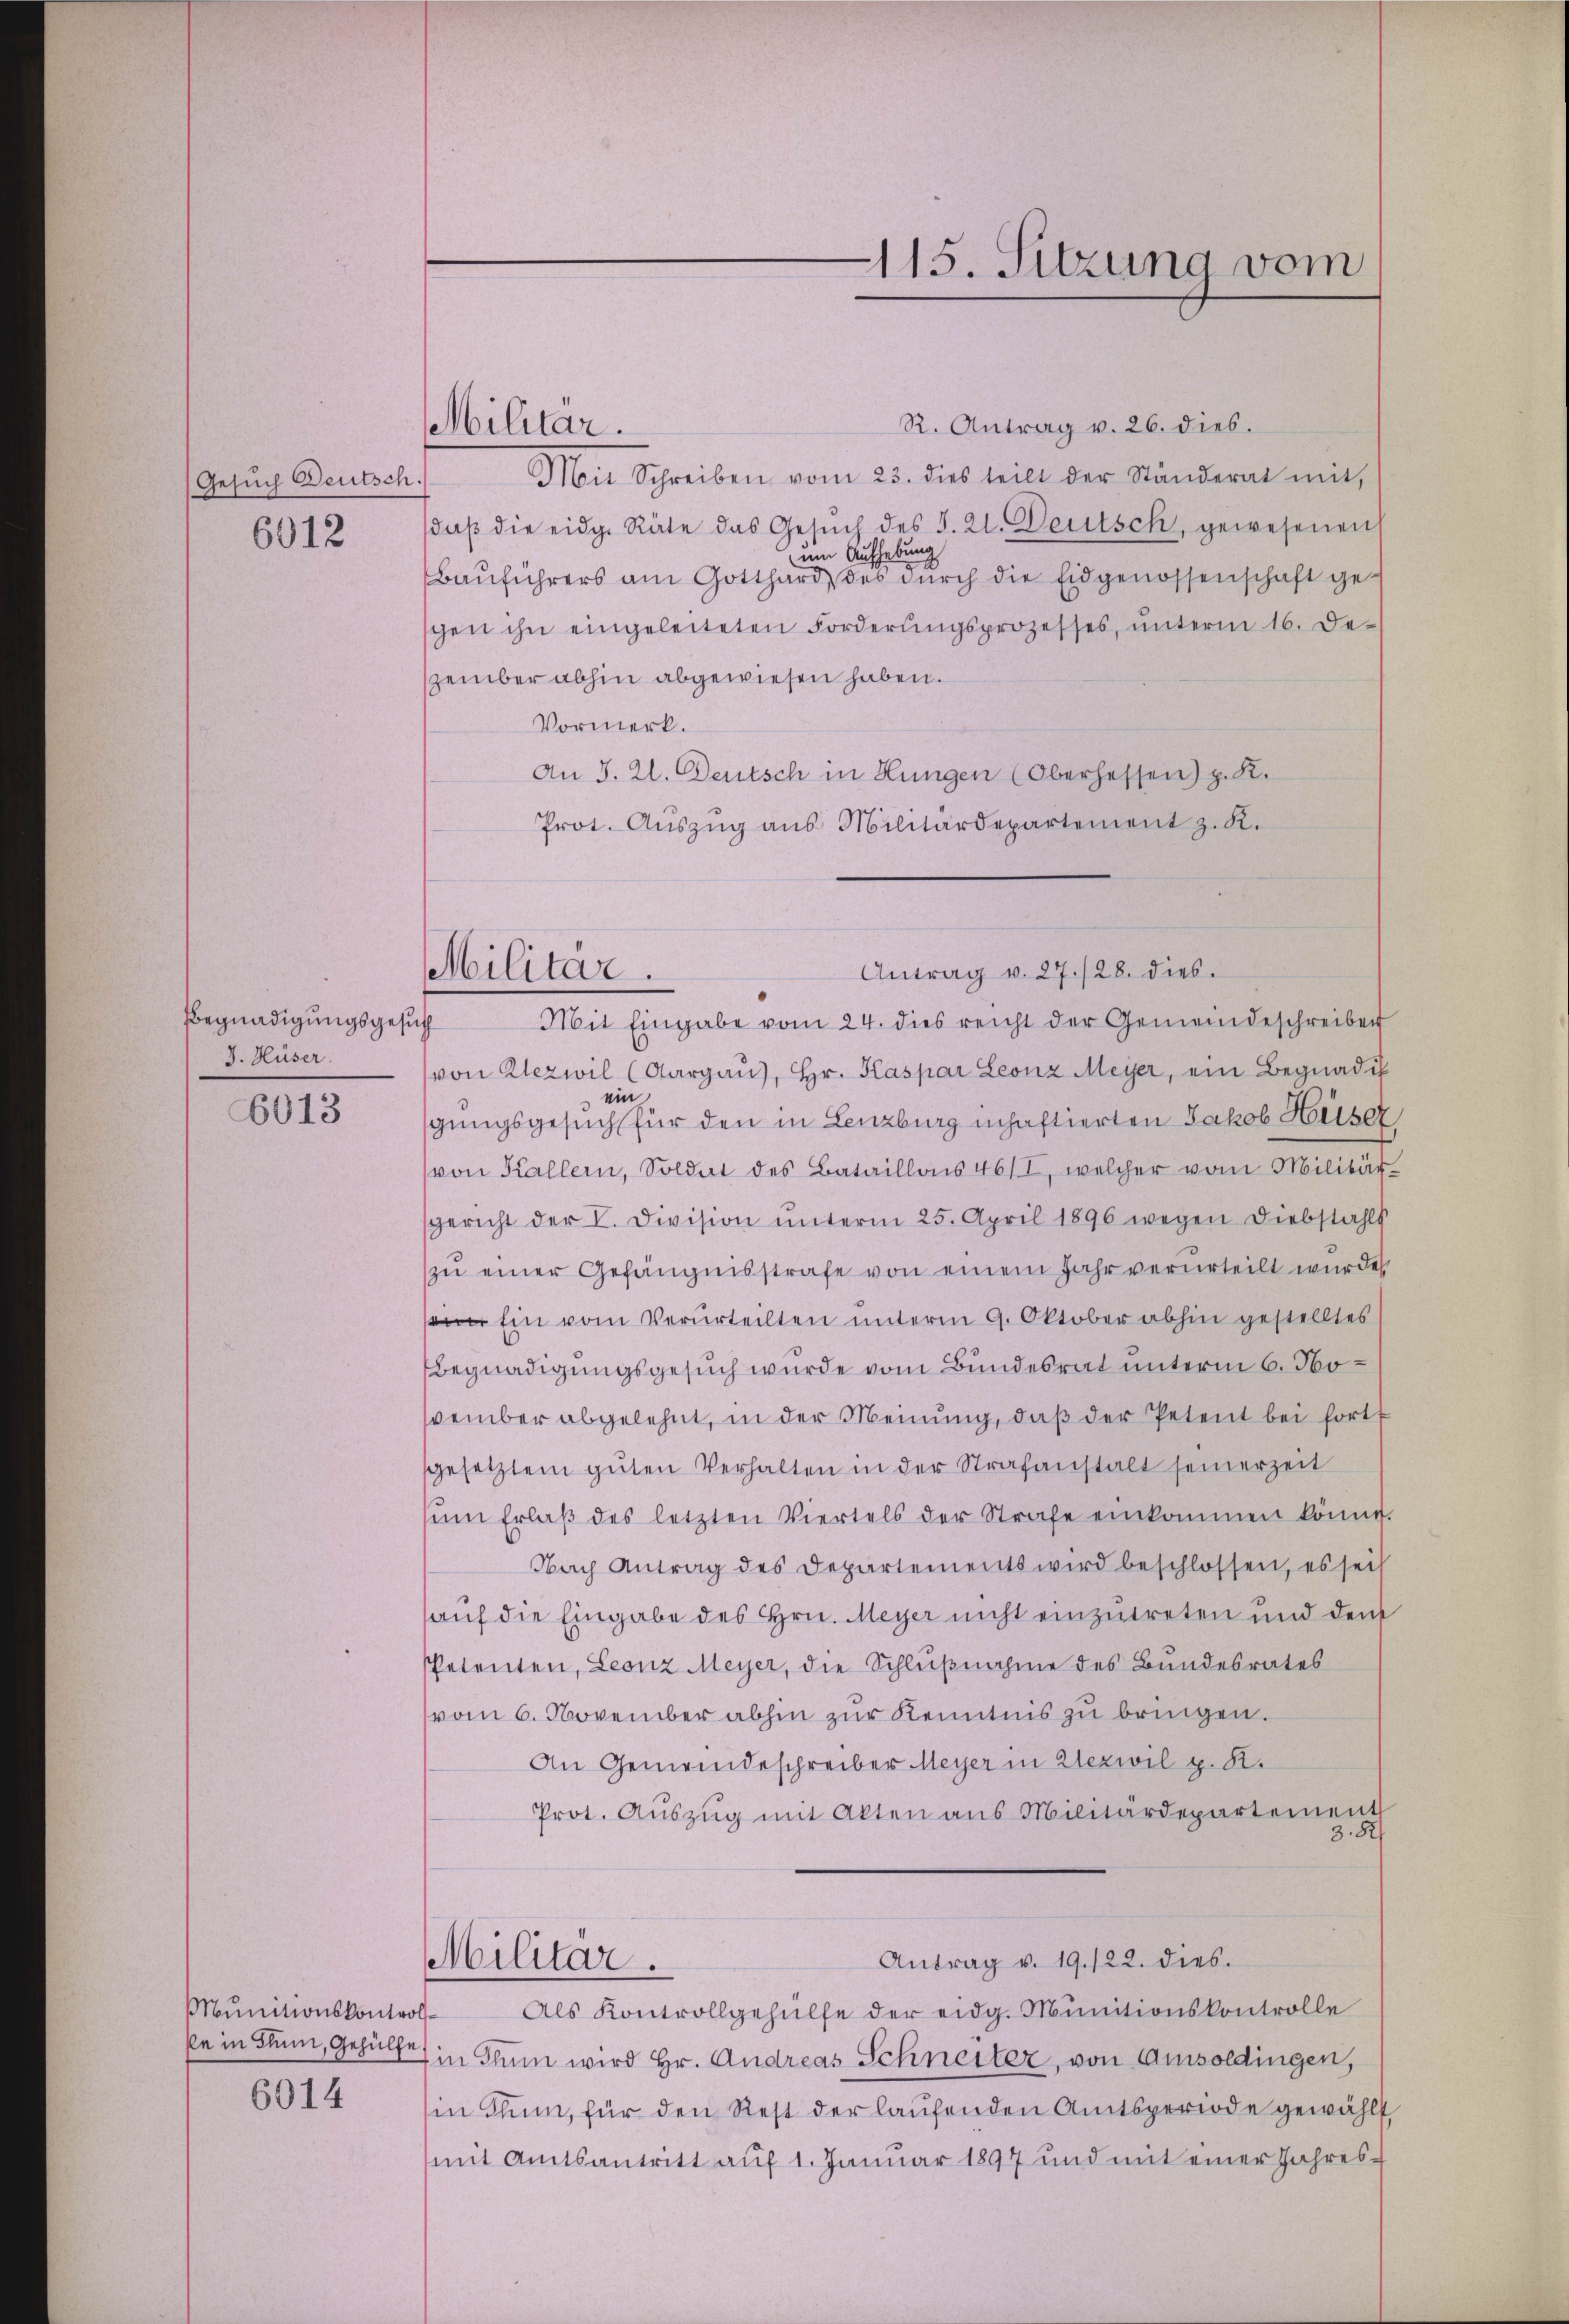
Gesuch Deutsch.
6012

Begnadigungsgesuch
J. Hüser
6013

Munitionskontrol¬
6014

115. Sitzung vom

Militär.

Militar.

R. Antrag v. 26. dies.
Mit Schreiben vom 23. dies teilt der Ständerat mit,
daβ die eidg. Räte das Gesŭch des S. 21. Deutsch, gewesenen
um Aufhebung
Bauführers am Gotthard, des dŭrch die Eidgenossenschaft geschen ihn eingeleiteten Forderŭngsprozesses, ŭnterm 16. De-
zember abhin abgewiesen haben.
Vormerk.
An J. 2. Deutsch in Hungen (Oberhessen) p. K.
Prot. Aŭszŭg ans Militärdepartement z. K.
Mit Eingabe vom 24. dies reicht der Gemeindeschreiben
von Rezwil (Aargaŭ), Hr. Kaspar Leonz Meyer, ein Begnadig
ein
gungsgesuch für den in Lenzburg inhaftierten Jakob Hauser
(von Kallern, Soldat des Bataillois 46/I, welcher vom Militär-
sgericht der V. Division ŭnterm 25. April 1896 wegen Diebstahls
zŭ einer Gefängnisstrafe von einem Jahr verurteilt wurde
 Ein vom Verurteilten unterm 9. Oktober abhin gestelltes
Begnadigungsgesuch wurde vom Bundesrat unterm 6. November abgelehnt, in der Meinung, daß der Petent bei fortf
gesetztem guten Verhalten in der Strafanstalt seinerzeit
ŭm Erlaβ des letzten Viertels der Strafe einkommen könne.
Nach Antrag des Departements wird beschlossen, es sei
auf die Eingabe des Hrn. Meyer nicht einzutreten und dem
Petenten, Leonz Meyer, die Schlußnahme des Bundesrates
vom 6. November abhin zŭr Kenntnis zu bringen.
An Gemeindeschreiber Meyer in Alezwil p. K.
Prot. Aŭszŭg mit Akten aus Militärdepartement
3.82
Antrag v. 19. 122. dies.
Militär.
Als Kontrollgehülfe der eidg. Munitionskontrolle
ke in Blum, Gehülfe in Khum wird Hr. Andreas Schneiter, von Amsoldingen,
in Thun, für den Rest der laufenden Amtsperiode gewählt,
mit Amtsantritt auf 1. Januar 1897 und mit einer Jahres¬

Antrag v. 27./28. dies